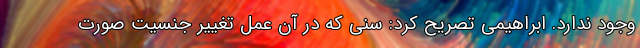
وجود ندارد. ابراهیمی تصریح کرد: سنی که در آن عمل تغییر جنسیت صورت